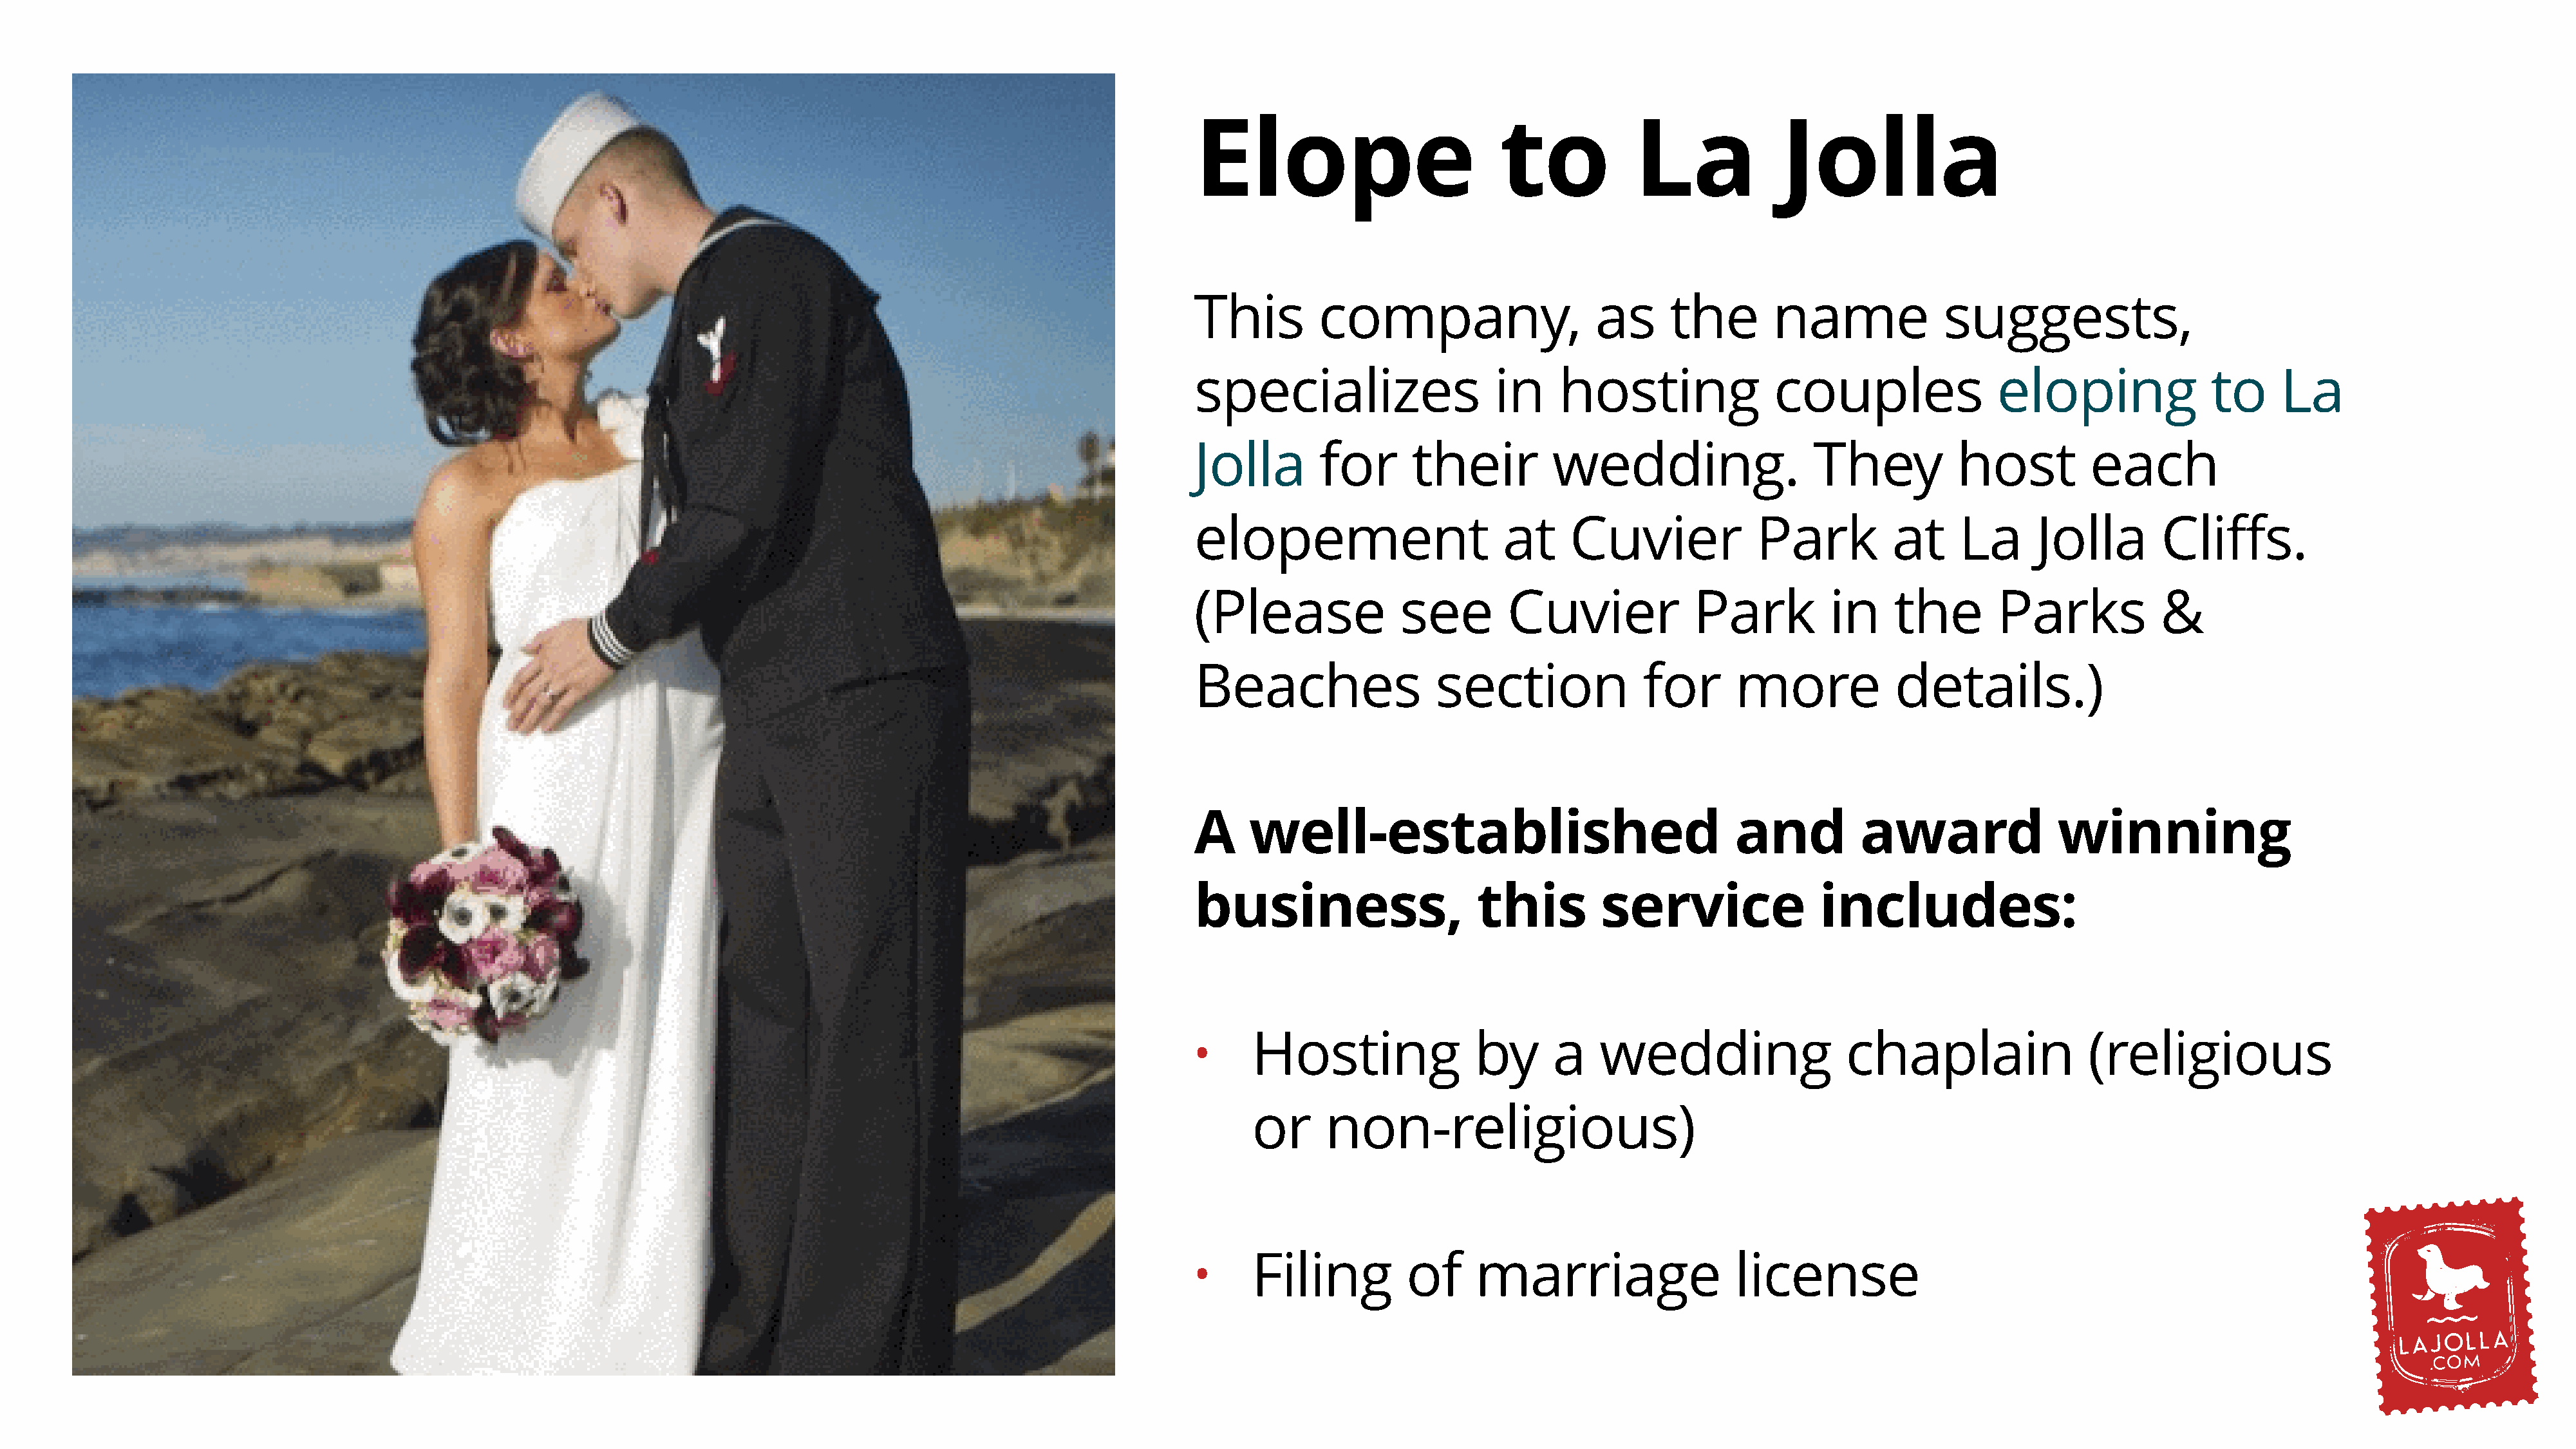
Elope                          to            La             Jolla
 This         company,                    as      the       name              suggests,
 specializes                    in    hosting               couples                eloping               to     La
 Jolla        for      their          wedding.                  They           host          each
 elopement                      at     Cuvier              Park         at     La      Jolla        Cliffs.
 (Please              see        Cuvier             Park          in     the       Parks            &
 Beaches                  section              for      more             details.)
 A    well-established                                  and          award                winning
 business,                    this         service               includes:
 Hosting                by      a   wedding                   chaplain                 (religious
 •
 or     non-religious)
 Filing          of     marriage                  license
 •